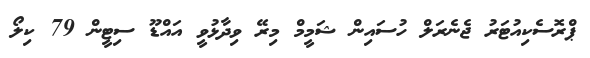
ޕްރޮސެކިއުޓަރު ޖެނެރަލް ހުސައިން ޝަމީމް މިރޭ ވިދާޅުވީ އައްޑޫ ސިޓީން 79 ކިލޯ